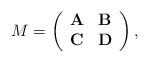
LaTeX: \begin{align*}M = \left(\begin{array}{cc}\mathbf{A} & \mathbf{B} \\\mathbf{C} & \mathbf{D} \end{array}\right),\end{align*}